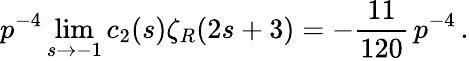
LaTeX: p^{-4}\operatorname*{lim}_{s\to-1}c_{2}(s)\zeta_{R}(2s+3)=-\frac{11}{120}\, p^{-4}\, .